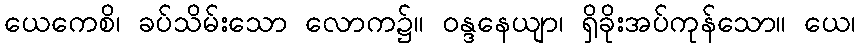
ယေကေစိ၊ ခပ်သိမ်းသော လောက၌။ ဝန္ဒနေယျာ၊ ရှိခိုးအပ်ကုန်သော။ ယေ၊